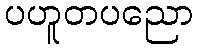
ပဟူတပညော